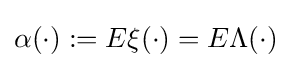
\alpha (\cdot ):=E\xi (\cdot )=E\Lambda (\cdot )